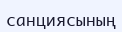
санциясының